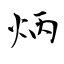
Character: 炳